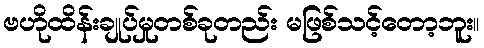
ဗဟိုထိန်းချုပ်မှုတစ်ခုတည်း မဖြစ်သင့်တော့ဘူး။